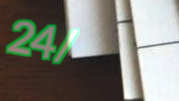
24/7